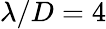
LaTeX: \lambda/D=4